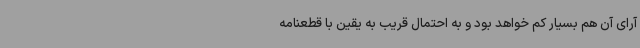
آرای آن هم بسیار کم خواهد بود و به احتمال قریب به یقین با قطعنامه